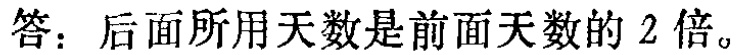
答：后面所用天数是前面天数的 2 倍。